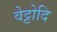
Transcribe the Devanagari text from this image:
वेट्टोदि